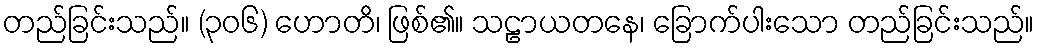
တည်ခြင်းသည်။ (၃၀၆) ဟောတိ၊ ဖြစ်၏။ သဠာယတနေ၊ ခြောက်ပါးသော တည်ခြင်းသည်။